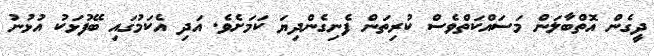
ދީގެން އޮތްބާލަން މަސައްކަތްވެސް ކުރިތަން ފެނިގެންދިޔަ ކަމަށެވެ. އަދި އެކަމުގައި ބޭފުޅަކު އުޅުނު